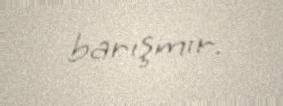
barışmır.